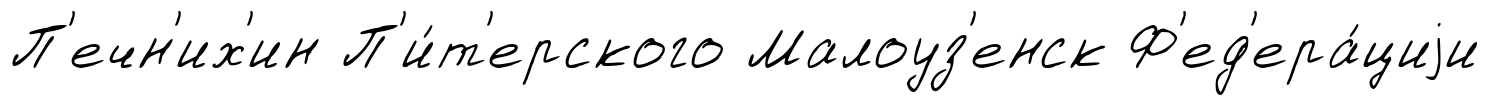
П'ечн'их'ин П'и́т'ерского Малоуз'енск Ф'ед'ера́циjи